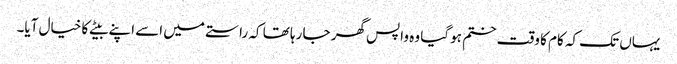
یہاں تک کہ کام کا وقت ختم ہو گیا وہ واپس گھر جا رہا تھا کہ راستے میں اسے اپنے بیٹے کا خیال آیا۔